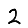
Digit: 2